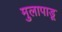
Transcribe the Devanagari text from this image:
मुलापाडू